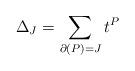
LaTeX: \begin{align*}\Delta_J = \sum_{\partial(P)=J} t^P\end{align*}